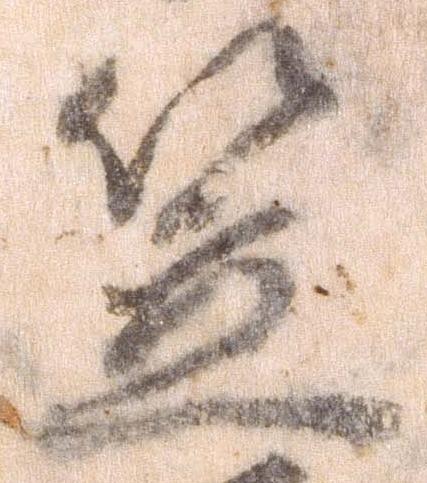
笠